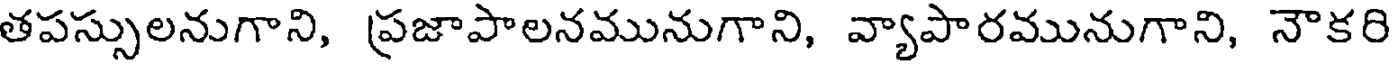
తపస్సులనుగాని, ప్రజాపాలనమునుగాని, వ్యాపారమునుగాని, నౌకరి